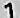
1